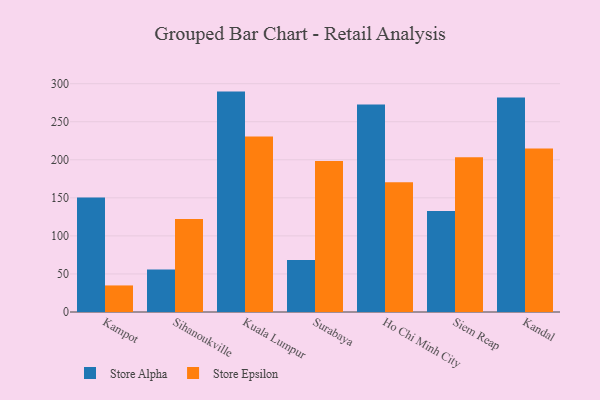
{"axis": {"x": "City", "y": "Latency (ms)"}, "legend": ["Store Alpha", "Store Epsilon"], "data": [{"x": "Kampot", "y": 150.5, "type": "Store Alpha"}, {"x": "Kampot", "y": 34.9, "type": "Store Epsilon"}, {"x": "Sihanoukville", "y": 55.9, "type": "Store Alpha"}, {"x": "Sihanoukville", "y": 122.1, "type": "Store Epsilon"}, {"x": "Kuala Lumpur", "y": 289.6, "type": "Store Alpha"}, {"x": "Kuala Lumpur", "y": 230.7, "type": "Store Epsilon"}, {"x": "Surabaya", "y": 68.2, "type": "Store Alpha"}, {"x": "Surabaya", "y": 198.3, "type": "Store Epsilon"}, {"x": "Ho Chi Minh City", "y": 272.8, "type": "Store Alpha"}, {"x": "Ho Chi Minh City", "y": 170.4, "type": "Store Epsilon"}, {"x": "Siem Reap", "y": 132.6, "type": "Store Alpha"}, {"x": "Siem Reap", "y": 203.5, "type": "Store Epsilon"}, {"x": "Kandal", "y": 281.8, "type": "Store Alpha"}, {"x": "Kandal", "y": 214.9, "type": "Store Epsilon"}]}